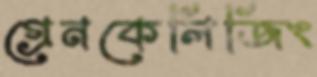
গ্রেনকেলিজিং